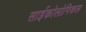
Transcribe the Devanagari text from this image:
साईकोलोगिकल